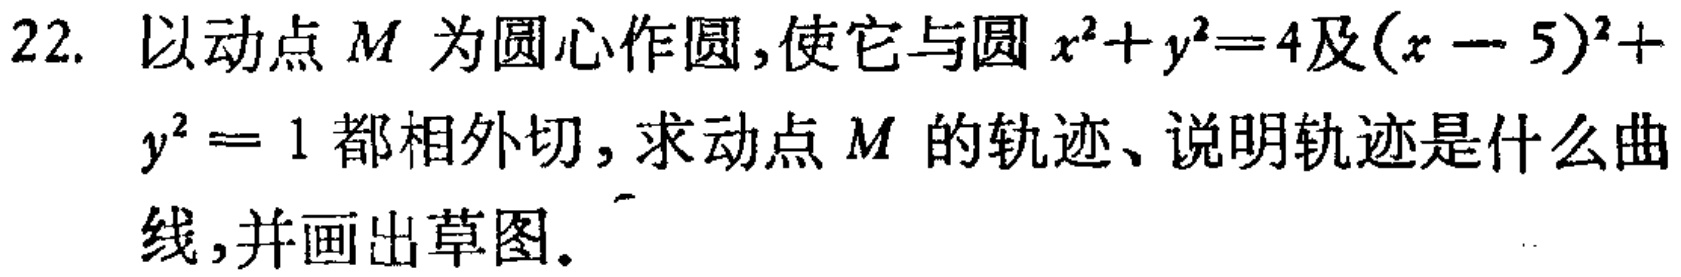
22. 以动点 \(M\) 为圆心作圆，使它与圆 \(x^{2}+y^{2}=4\) 及 \((x - 5)^{2}+y^{2}=1\) 都相外切，求动点 \(M\) 的轨迹、说明轨迹是什么曲线，并画出草图。